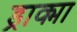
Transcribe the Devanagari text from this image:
ड्राक्मा